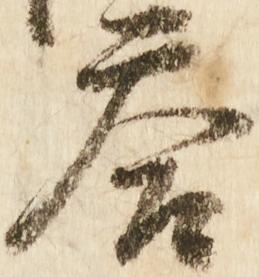
答